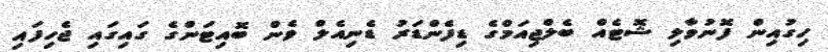
ހިގުއިން ފޮނުވާލި ޝޮޓެއް ބެލްޖިއަމްގެ ޑިފެންޑަރު ޑެނިއެލް ވެން ބޮއިޓަންގެ ގައިގައި ޖެހިފައި